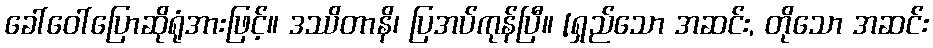
ခေါ်ဝေါ်ပြောဆိုရုံအားဖြင့်။ ဒဿိတာနိ၊ ပြအပ်ကုန်ပြီ။ [ရှည်သော အဆင်း, တိုသော အဆင်း